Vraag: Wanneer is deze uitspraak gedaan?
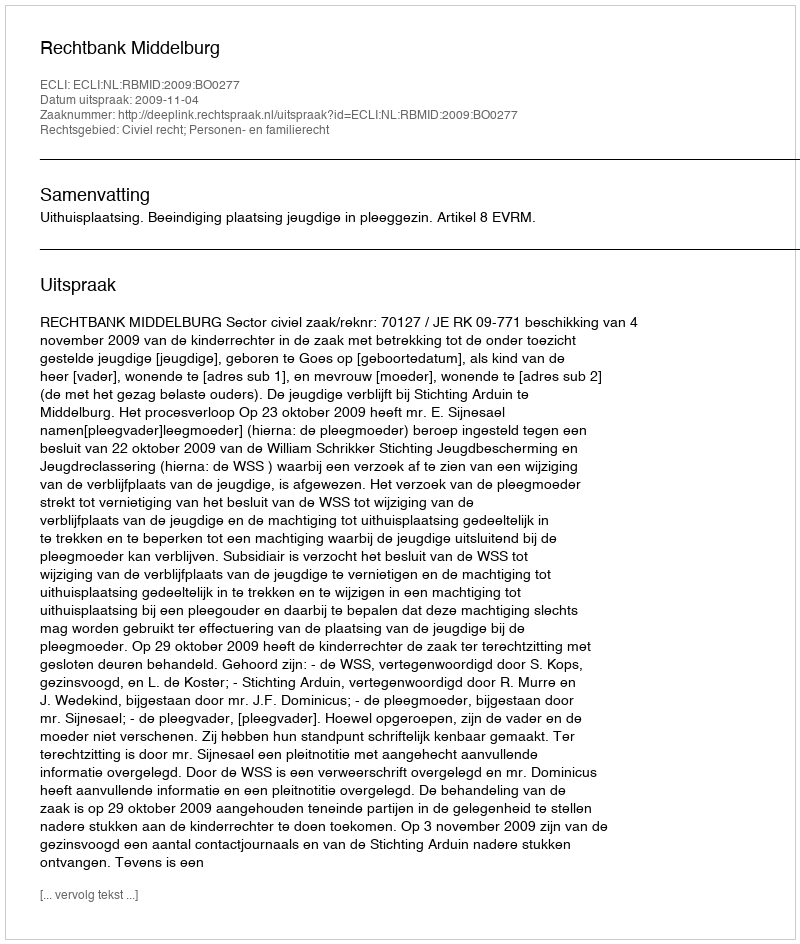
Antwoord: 2009-11-04